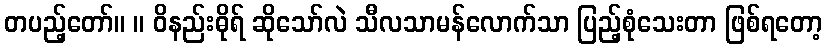
တပည့်တော်။ ။ ဝိနည်းဓိုရ် ဆိုသော်လဲ သီလသာမန်လောက်သာ ပြည့်စုံသေးတာ ဖြစ်ရတော့